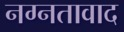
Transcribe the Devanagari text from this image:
नग्नतावाद